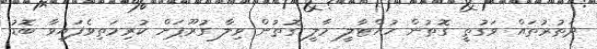
ދަތުރުތައް ވަގުތީ ގޮތުން ހުއްޓާލީ މާލީ ގޮތުން ވިލާ ގުރޫޕަށް ކުރިމަތިވެފައިވާ ބޮޑު